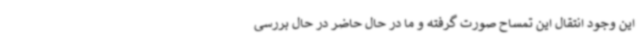
این وجود انتقال این تمساح صورت گرفته و ما در حال حاضر در حال بررسی